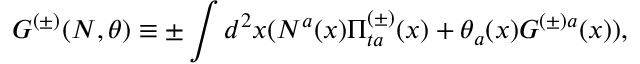
G ^ { ( \pm ) } ( N , \theta ) \equiv \pm \int d ^ { 2 } x ( N ^ { a } ( x ) \Pi _ { t a } ^ { ( \pm ) } ( x ) + \theta _ { a } ( x ) { \cal G } ^ { ( \pm ) a } ( x ) ) ,